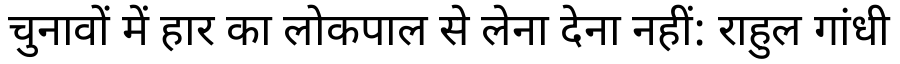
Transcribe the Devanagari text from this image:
चुनावों में हार का लोकपाल से लेना देना नहीं: राहुल गांधी